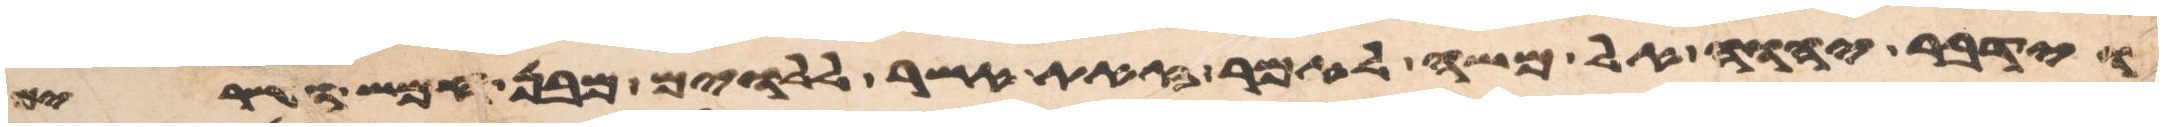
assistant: וידבר יהוה אל משה לאמר זאת אשר ללוים מבן חמש ועשרים